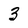
Character: 3